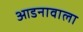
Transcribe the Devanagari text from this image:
आडनावाला